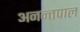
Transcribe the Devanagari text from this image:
अनन्तपाल